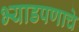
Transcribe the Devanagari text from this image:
भ्याडपणाचे